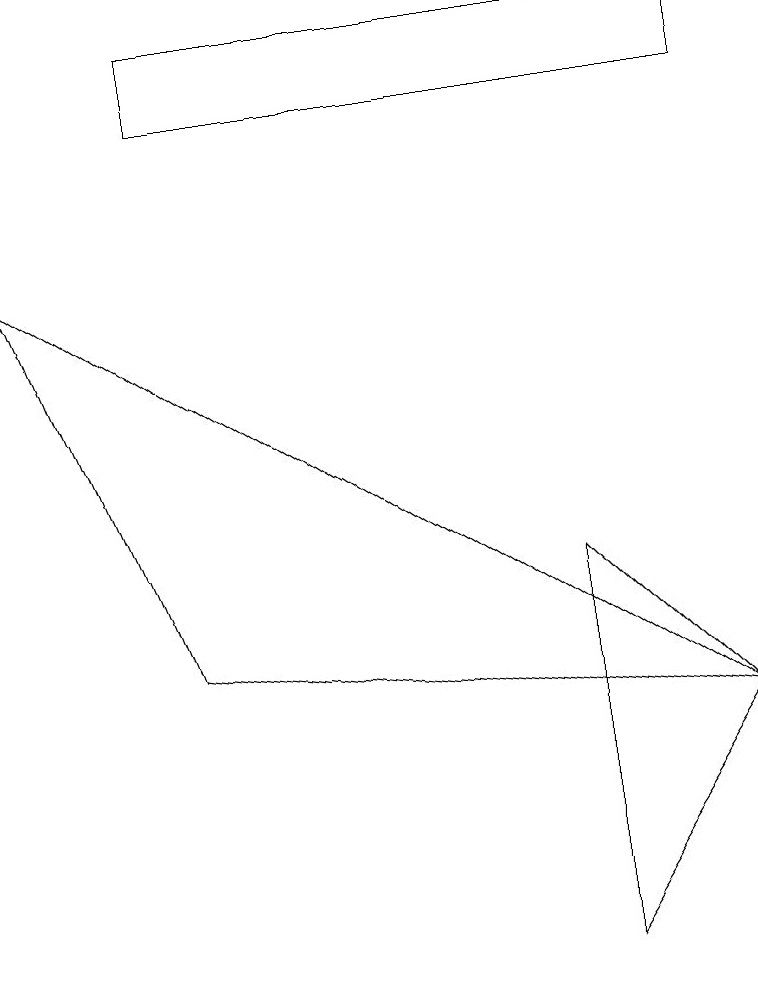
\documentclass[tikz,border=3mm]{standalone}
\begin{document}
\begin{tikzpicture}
\draw (9,3) -- (7,5) -- (7,0) -- cycle;
\draw (9,11) rectangle (2,12);
\draw (0,9) -- (2,4) -- (9,3) -- cycle;
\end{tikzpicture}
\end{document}